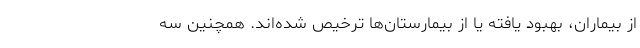
از بیماران، بهبود یافته یا از بیمارستان‌ها ترخیص شده‌اند. همچنین سه